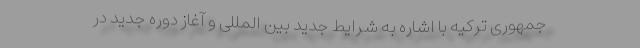
جمهوری ترکیه با اشاره به شرایط جدید بین المللی و آغاز دوره جدید در